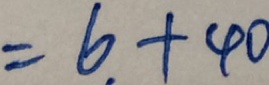
= 6 + 4 0